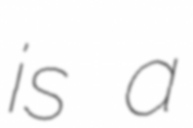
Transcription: is a